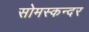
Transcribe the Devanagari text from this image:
सोमस्कन्दर